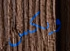
ويكس